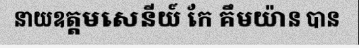
នាយឧត្តមសេនីយ៍ កែ គឹមយ៉ាន បាន